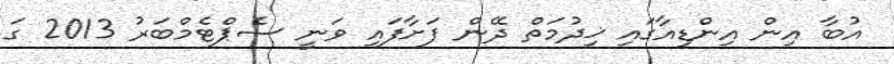
އުބާ އިން އިންޑިއާގައި ޚިދުމަތް ދޭން ފަށާފައި ވަނީ ސެޕްޓެމްބަރު 2013 ގަ